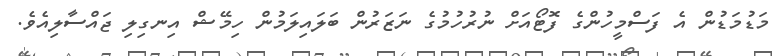
މަޑުމަޑުން އެ ފަސްމީހުންގެ ފޮޓޯއަށް ނުރުހުމުގެ ނަޒަރުން ބަލައިލަމުން ހިމޭޝް އިނގިލި ޖައްސާލިއެވެ.